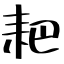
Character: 耙